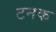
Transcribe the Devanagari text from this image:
टनक